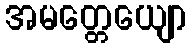
အမတ္တေယျော